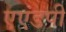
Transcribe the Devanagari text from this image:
एएंडपी